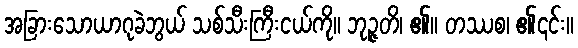
အခြားသောယာဂုခဲဘွယ် သစ်သီးကြီးငယ်ကို။ ဘုဉ္ဇတိ၊ ၏။ တဿစ၊ ၏၎င်း။